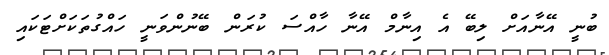
ބުނީ އޭނާއަށް ލިބޭ އެ އިނާމް އޭނާ ހާއްސަ ކުރަން ބޭނުންވަނީ ހައްގުތަކަށްޓަކައި